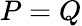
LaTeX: P=Q